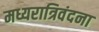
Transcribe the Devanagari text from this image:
मध्यरात्रिवंदना